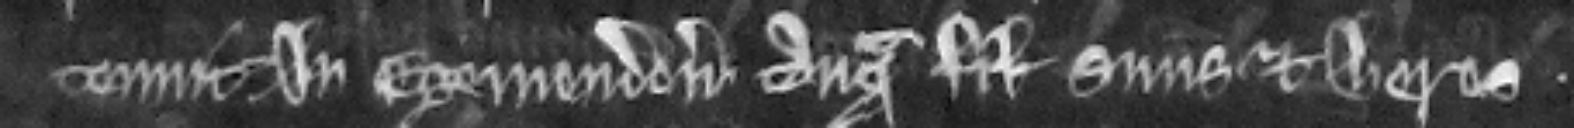
tenuit in Egemendon tanquam filius suus et heres.